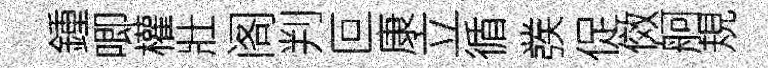
鍾唧權壯阁判叵康立循彂促傚舸規